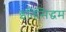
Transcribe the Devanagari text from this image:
इतिसिद्धम